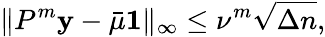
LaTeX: \| P^{m}\mathbf{y}-\bar{\mu}\mathbf{1}\| _{\infty}\leq\nu^{m}\sqrt{\Delta n},